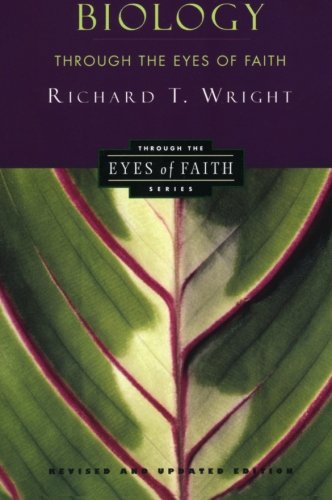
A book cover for Biology Through the Eyes of Faith (Christian College Coalition Series); Richard Wright; Christian Books & Bibles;